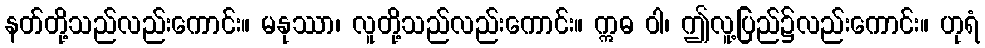
နတ်တို့သည်လည်းကောင်း။ မနုဿာ၊ လူတို့သည်လည်းကောင်း။ ဣဓ ဝါ၊ ဤလူ့ပြည်၌လည်းကောင်း။ ဟုရံ